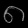
Digit: ၈